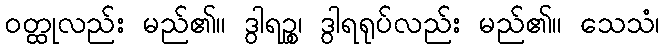
ဝတ္ထုလည်း မည်၏။ ဒွါရဉ္စ၊ ဒွါရရုပ်လည်း မည်၏။ သေသံ၊